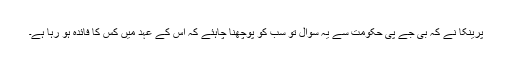
پرینکا نے کہ بی جے پی حکومت سے یہ سوال تو سب کو پوچھنا چاہئے کہ اس کے عہد میں کس کا فائدہ ہو رہا ہے۔